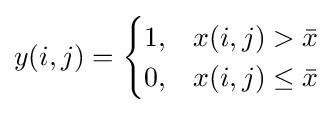
y(i,j)={\begin{cases}1,&x(i,j)>{\bar {x}}\\0,&x(i,j)\leq {\bar {x}}\end{cases}}